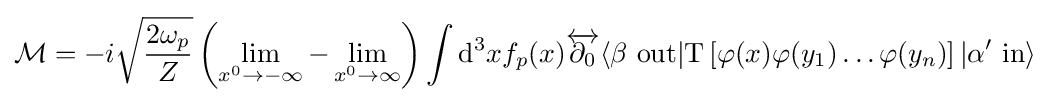
{\mathcal {M}}=-i{\sqrt {\frac {2\omega _{p}}{Z}}}\left(\lim _{x^{0}\to -\infty }-\lim _{x^{0}\to \infty }\right)\int \mathrm {d} ^{3}xf_{p}(x){\overleftrightarrow {\partial _{0}}}\langle \beta \ \mathrm {out} |\mathrm {T} \left[\varphi (x)\varphi (y_{1})\ldots \varphi (y_{n})\right]|\alpha '\ \mathrm {in} \rangle